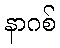
နာဂစ်